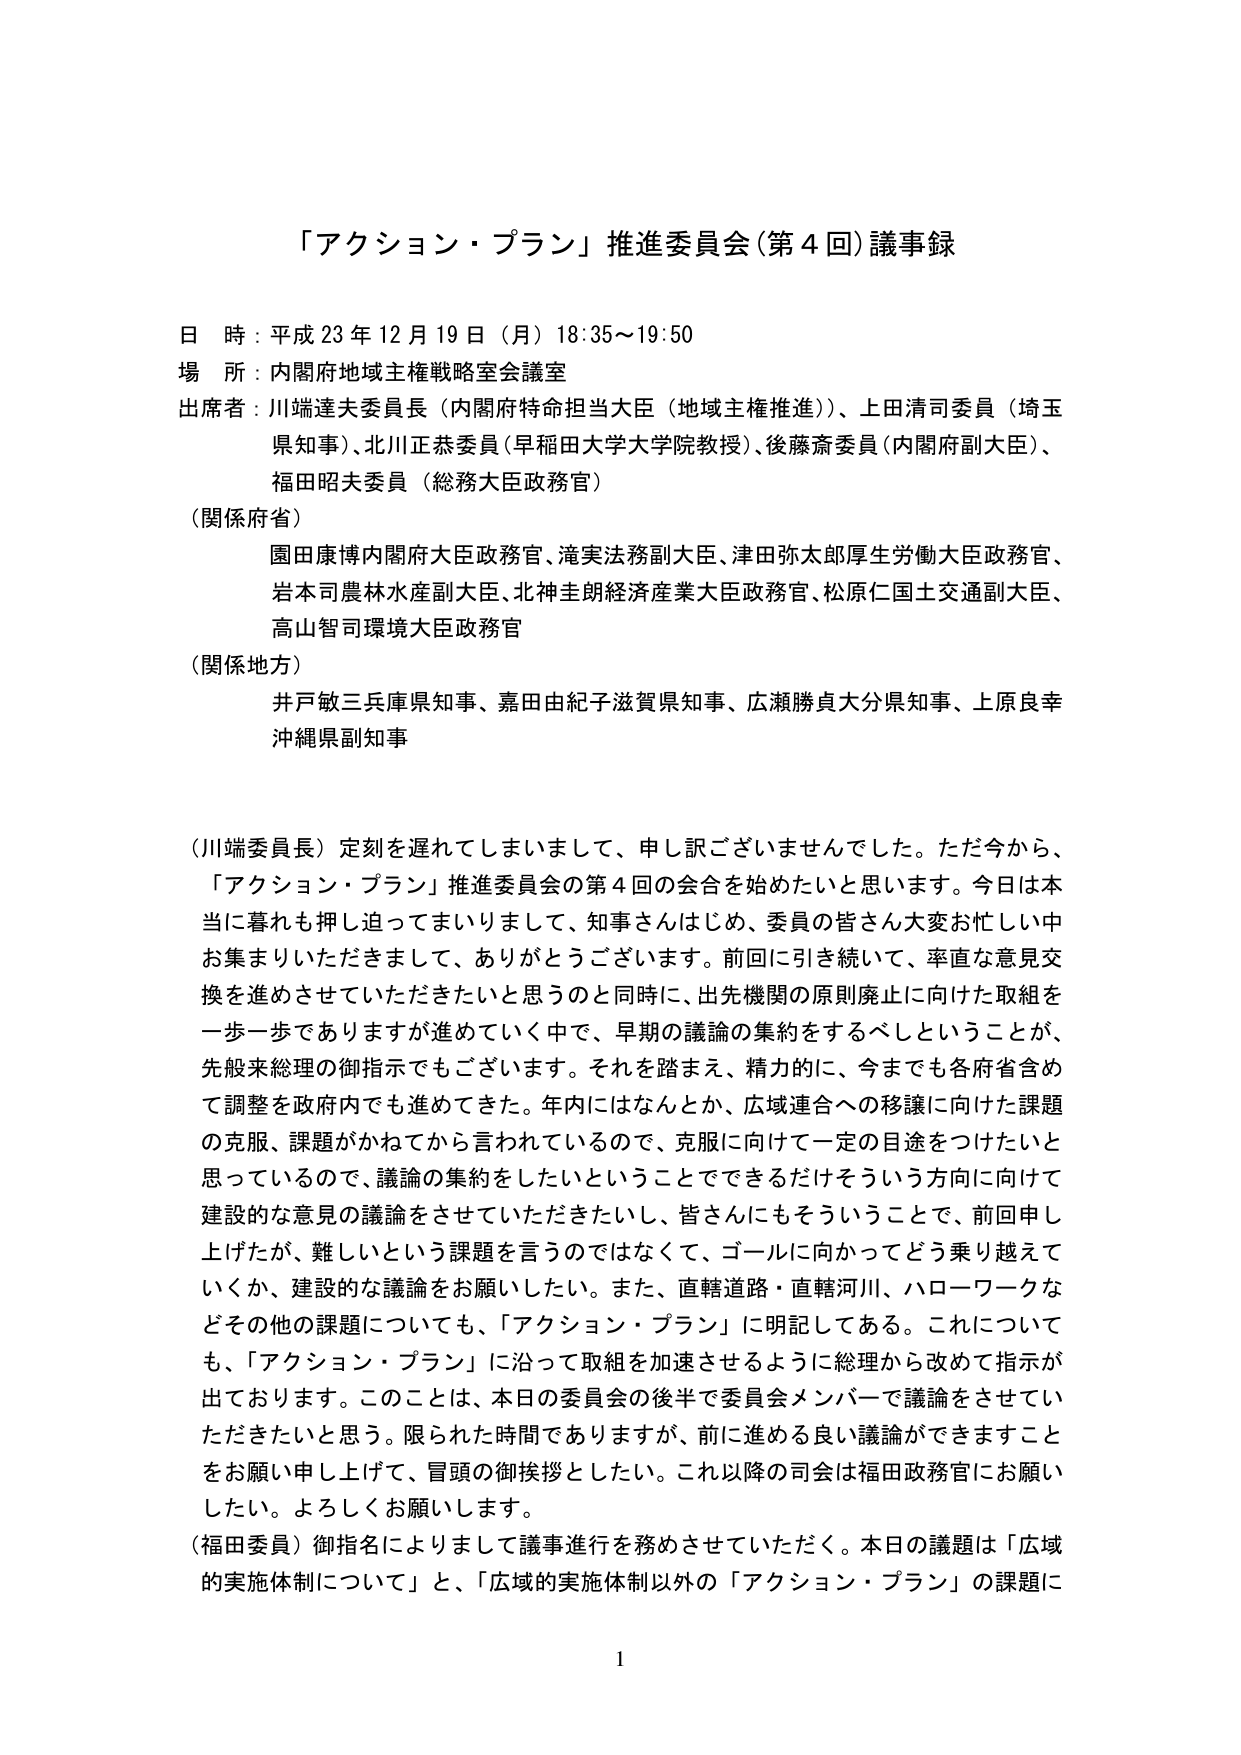
「アクション・プラン」推進委員会（第４回）議事録

日 時：平成23年12月19日（月）18:35～19:50
場 所：内閣府地域主権戦略室会議室
出席者：川端達夫委員長（内閣府特命担当大臣（地域主権推進））、上田清司委員（埼玉県知事）、北川正恭委員（早稲田大学大学院教授）、後藤斎委員（内閣府副大臣）、福田昭夫委員（総務大臣政務官）

（関係府省）
園田康博内閣府大臣政務官、滝実法務副大臣、津田弥太郎厚生労働大臣政務官、岩本司農林水産副大臣、北神圭朗経済産業大臣政務官、松原仁国土交通副大臣、高山智司環境大臣政務官

（関係地方）
井戸敏三兵庫県知事、嘉田由紀子滋賀県知事、広瀬勝貞大分県知事、上原良幸沖縄県副知事

（川端委員長）定刻を遅れてしまいまして、申し訳ございませんでした。ただ今から、「アクション・プラン」推進委員会の第４回の会合を始めたいと思います。今日は本当に暮れも押し迫ってまいりまして、知事さんはじめ、委員の皆さん大変お忙しい中お集まりいただきまして、ありがとうございます。前回に引き続いて、率直な意見交換を進めさせていただきたいと思うのと同時に、出先機関の原則廃止に向けた取組を一歩一歩でありますが進めていく中で、早期の議論の集約をするべしということが、先般来総理の御指示でもございます。それを踏まえ、精力的に、今までも各府省含めて調整を政府内でも進めてきた。年内にはなんとか、広域連合への移譲に向けた課題の克服、課題がかねてから言われているので、克服に向けて一定の目途をつけたいと思っているので、議論の集約をしたいということでできるだけそういう方向に向けて建設的な意見の議論をさせていただきたいし、皆さんにもそういうことで、前回申し上げたが、難しいという課題を言うのではなくて、ゴールに向かってどう乗り越えていくか、建設的な議論をお願いしたい。また、直轄道路・直轄河川、ハローワークなどその他の課題についても、「アクション・プラン」に明記してある。これについても、「アクション・プラン」に沿って取組を加速させるように総理から改めて指示が出ております。このことは、本日の委員会の後半で委員会メンバーで議論をさせていただきたいと思う。限られた時間でありますが、前に進める良い議論ができることをお願い申し上げて、冒頭の御挨拶としたい。これ以降の司会は福田政務官にお願いしたい。よろしくお願いします。

（福田委員）御指名によりまして議事進行を務めさせていただく。本日の議題は「広域的実施体制について」と、「広域的実施体制以外の「アクション・プラン」の課題に

1